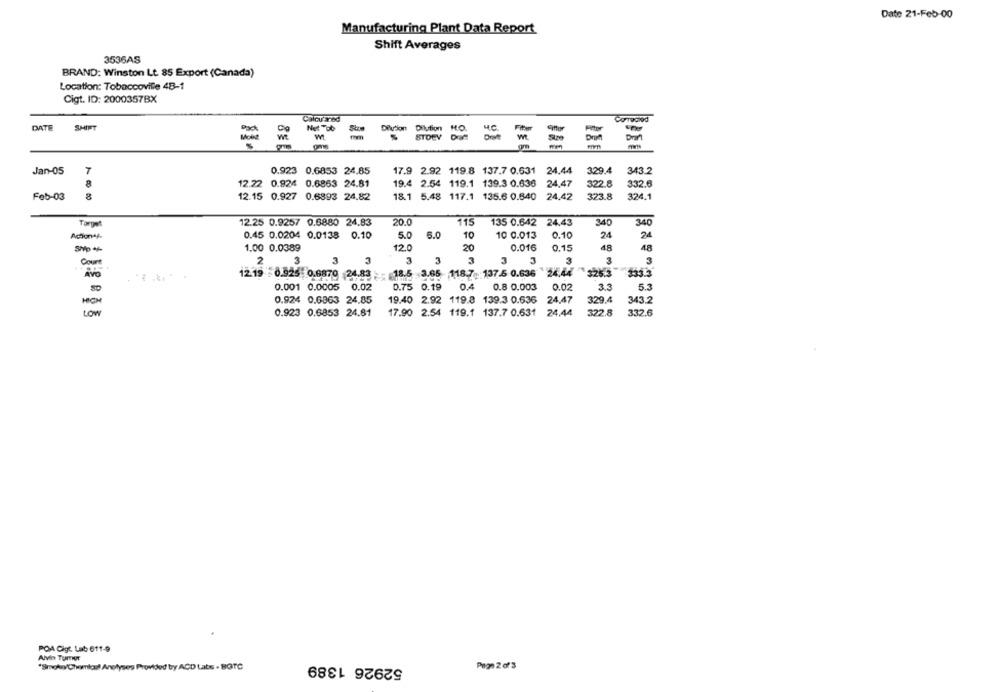
Date 21-Feb-00
Manufacturing Plant Data Report
Shift Averages
3536AS
BRAND: Winston Lt. 85 Export (Canada)
Location: Tobaccoville 48-1
Cigt. ID: 2000357BX
Calcu aned
Corediod
DATE
SHIFT
Cig
Not TOb
Diktion Dilution HO.
M.C.
Fiter
Może
STDEV DE
Draft
Drift
-
mm
Jan-05
7
0.923 0.6853 24,85
17.9 2.92 119.8 137.7 0.631 24.44
329.4
343.2
8
12.22 0.924 0.6853 24.81
19.4 2.54 119.1 139.3 0.636 24,47
322.8
332.6
Feb-03
12.15 0.927 0.6893 24.82
18.1 5.48 117.1 135.6 0.840 24.42
323.8
324.1
12.25 0.9257 0.6880 24.83
20.0
115
135 0.642 24.43
340
340
Torpet
Action+f-
0.45 0.0204 0.0138 0.10
5.0
5.0
10
10 0.013
0.10
24
24
1.00 0.0389
12.0
20
0.016
0.15
48
48
Court
2
3
3
3
3
3
3
3 3
3
3
3
AVO
12.19 - 0.925 0.6870 24.83 - 18.5 3.65 118.7 137.5 0.636 24.44
$25.3
0.001 0.0005 0.02
0.75 0.19
0.4 0.8 0.003
0.02
33
5.3
0.924 0.6863 24.85
19.40 2.92 119.8 139.3 0.636 24.47
329.4
343.2
0.923 0.6853 24.81
17.90 2.54 119.1 137.7 0.631
24.44
322.8
332.6
LOW
POA Cigt. Lab 611-9
Alvin Turner
52926 1389
*Smolto Chomlauf Analyses Provided by ACD Labs . BGTC
Page 2 of3